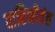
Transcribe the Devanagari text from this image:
वाहिनीवंत